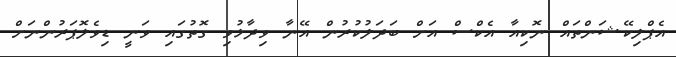
އެޕްލިކޭޝަންތައް ނޮކިއާ އެކްސް އަށް ބަދަލުކުރުން އޭނާ ވިދާޅުވި ގޮތުގައި ވަނީ ޑިވެލޮޕަރުންނަށް